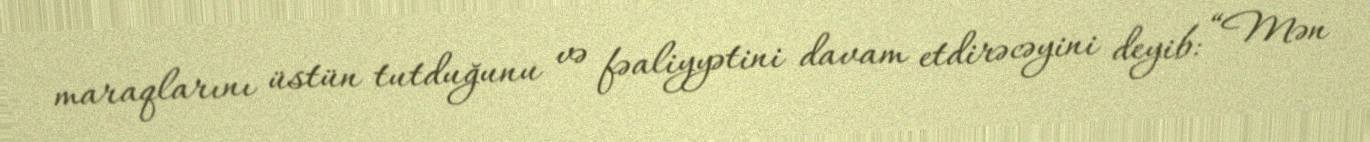
maraqlarını üstün tutduğunu və fəaliyyətini davam etdirəcəyini deyib: “Mən